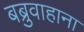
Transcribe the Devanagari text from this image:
बब्रुवाहाना